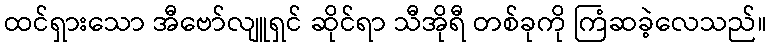
ထင်ရှားသော အီဗော်လျူရှင် ဆိုင်ရာ သီအိုရီ တစ်ခုကို ကြံဆခဲ့လေသည်။